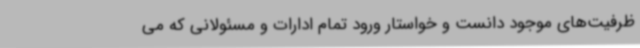
ظرفیت‌های موجود دانست و خواستار ورود تمام ادارات و مسئولانی که می